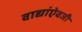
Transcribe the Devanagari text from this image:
वाद्यांऐवजी